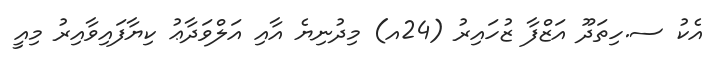
އެކު ސ.ހިތަދޫ އަޒްފާ ޒުހައިރު (24އ) މިދުނިޔެ އާއި އަލްވަދާާޢު ކިޔާފައިވާއިރު މިއީ